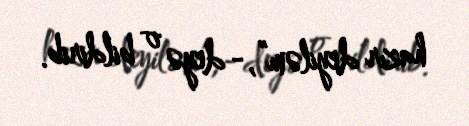
hazır deyiləm”,- deyə o bildirib.